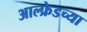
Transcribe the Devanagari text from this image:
आल्फ्रेडच्या